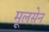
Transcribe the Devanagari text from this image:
मूलसेन